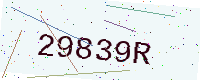
Text: 29839R